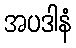
အပဒါနံ